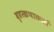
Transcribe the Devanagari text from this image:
बृहत्कथाकर्ता